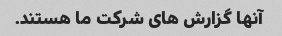
آنها گزارش های شرکت ما هستند.